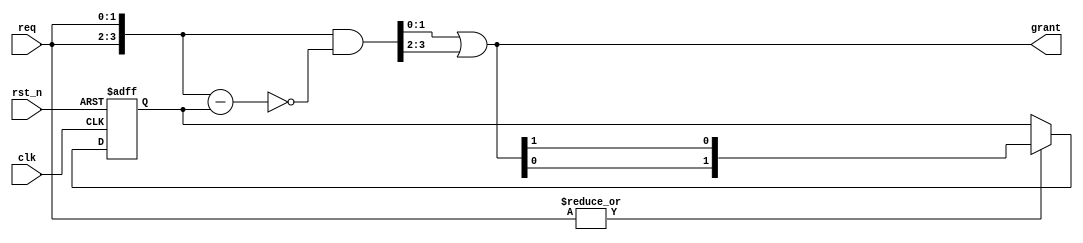
module uv_arb_rr
#(
    parameter WIDTH = 2
)
(
    input                   clk,
    input                   rst_n,
    input  [WIDTH-1:0]      req,
    output [WIDTH-1:0]      grant
);

    localparam UDLY         = 1;

    wire   [WIDTH*2-1:0]    req_d;
    wire   [WIDTH*2-1:0]    req_sub;
    wire   [WIDTH*2-1:0]    grant_d;
    reg    [WIDTH-1:0]      prio_r;

    assign req_d            = {req, req};
    assign req_sub          = req_d - prio_r;
    assign grant_d          = req_d & (~req_sub);
    assign grant            = grant_d[WIDTH-1:0] | grant_d[2*WIDTH-1:WIDTH];

    // Update priority according to the previous grant.
    always @(posedge clk or negedge rst_n) begin
        if (~rst_n) begin
            prio_r <= {{(WIDTH-1){1'b0}}, 1'b1};
        end
        else begin
            if (|req) begin
                prio_r <= #UDLY {grant[WIDTH-2:0], grant[WIDTH-1]};
            end
        end
    end

endmodule